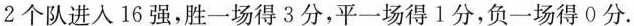
2个队进入16强，胜一场得3分，平一场得1分，负一场得0分.